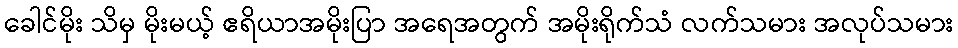
ခေါင်မိုး သိမှ မိုးမယ့် ဧရိယာအမိုးပြာ အရေအတွက် အမိုးရိုက်သံ လက်သမား အလုပ်သမား